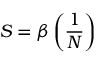
S = \beta \left( { \frac { 1 } { N } } \right)